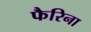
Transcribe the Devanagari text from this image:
फैरिना